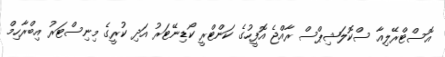
އޮސްޓްރޭލިއާ ސްކޮލަޝިޕްސް ރާއްޖެ އޮފީހުގެ ކަންޓްރީ ކޯޑިނޭޓަރު އަދި ކުރީގެ މިނިސްޓަރު އިބްރާހިމް